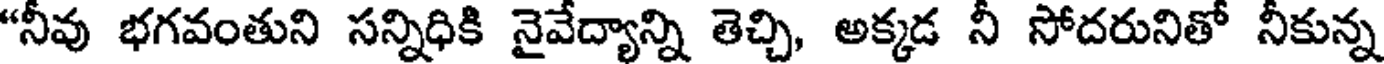
"నీవు భగవంతుని సన్నిధికి నైవేద్యాన్ని తెచ్చి, అక్కడ నీ సోదరునితో నీకున్న